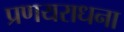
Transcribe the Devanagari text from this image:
प्रणयराधना